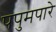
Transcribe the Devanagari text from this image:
पपुमपारे